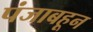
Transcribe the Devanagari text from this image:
पंजाबहून